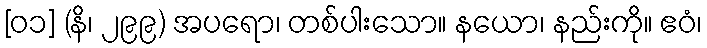
[၀၁] (နိ၊ ၂၉၉) အပရော၊ တစ်ပါးသော။ နယော၊ နည်းကို။ ဧဝံ၊